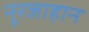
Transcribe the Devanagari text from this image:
नूरजाहान